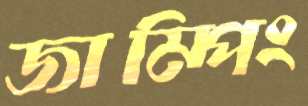
জাম্পিং